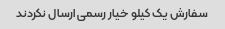
سفارش یک کیلو خیار رسمی ارسال نکردند